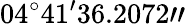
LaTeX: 04^{\circ}41^{\prime}36.2072"